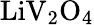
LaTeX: {\mathrm{LiV}}_{2}{\mathrm{O}}_{4}